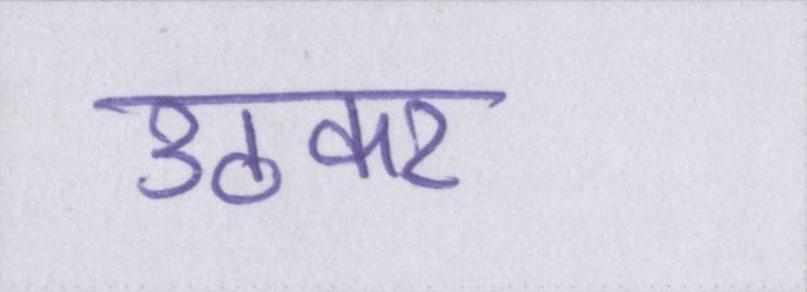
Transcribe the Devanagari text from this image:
उठकर